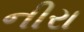
નીરા